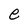
Character: e